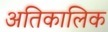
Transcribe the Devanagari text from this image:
अतिकालिक